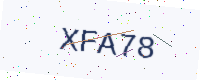
Text: XFA78